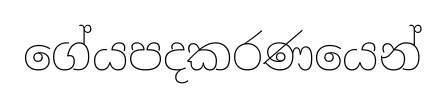
ගේයපදකරණයෙන්